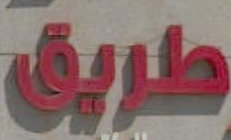
طريق